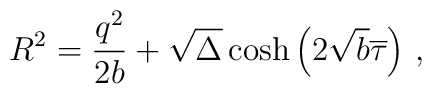
R^2=\frac{q^2}{2b}+\sqrt{\Delta}\cosh\left(2\sqrt{b}\overline{\tau}\right)\,,